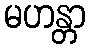
မဟန္တာ